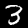
Label: 3